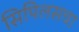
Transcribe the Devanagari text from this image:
सिपिलसचा